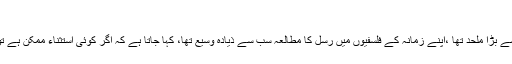
”…
رسل اپنے دور کا سب سے بڑا ملحد تھا ،اپنے زمانہ کے فلسفیوں میں رسل کا مطالعہ سب سے ذیادہ وسیع تھا، کہا جاتا ہے کہ اگر کوئی استثناء ممکن ہے تو وہ صرف وہائٹ ہڈ کو۔